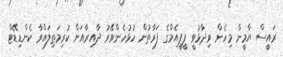
ރައީސް ޔާމީން މިހެން ވިދާޅުވީ ޕީޕީއެމްގެ ފަރާތުން ހުޅުހެންވޭރު ދާއިރާއަށް ކުރިމަތިލައްވާ ކެންޑިޑޭޓް